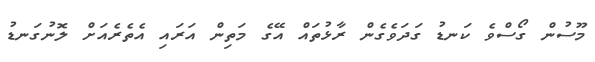
މޫސުން ގޯސްވެ ކަނޑު ގަދަވެގެންް ރާޅުތައް އޭގެ މަތިން އަރައި އެތެރެއަށް ލޮނުގަނޑު